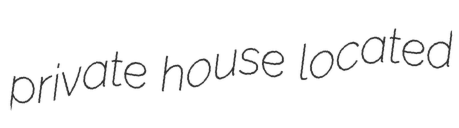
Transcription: private house located